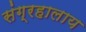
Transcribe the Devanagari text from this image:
संग्रहालाय